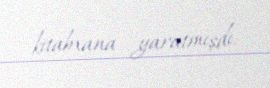
kitabxana yaratmışdı.